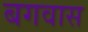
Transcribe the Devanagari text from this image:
बगवास